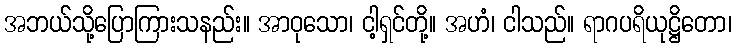
အဘယ်သို့ပြောကြားသနည်း။ အာဝုသော၊ ငါ့ရှင်တို့။ အဟံ၊ ငါသည်။ ရာဂပရိယုဋ္ဌိတော၊